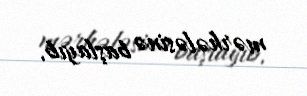
mərhələsinə başlayıb.